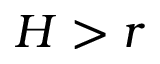
H > r